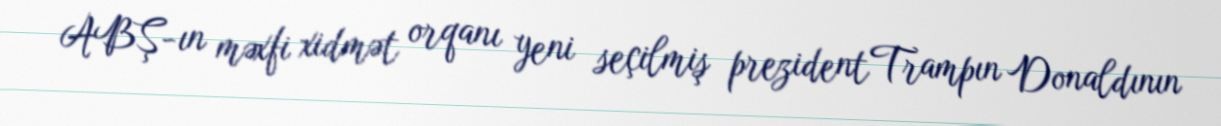
ABŞ-ın məxfi xidmət orqanı yeni seçilmiş prezident Trampın Donaldının